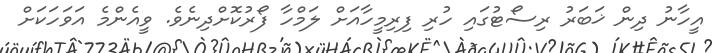
އީހާނު ދިން ޚަބަރު ރިސޯޓުގައި ހުރި ފިރިމީހާއަށް ލަމްހާ ފޯރުކޮށްދިނެވެ. ވީއެންމެ އަވަހަކަށް